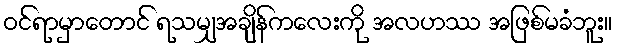
ဝင်ရာမှာတောင် ရသမျှအချိန်ကလေးကို အလဟဿ အဖြစ်မခံဘူး။